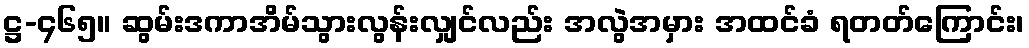
ဋ္ဌ-၄၆၅။ ဆွမ်းဒကာအိမ်သွားလွန်းလျှင်လည်း အလွဲအမှား အထင်ခံ ရတတ်ကြောင်း၊